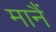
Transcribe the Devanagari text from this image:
मानैं